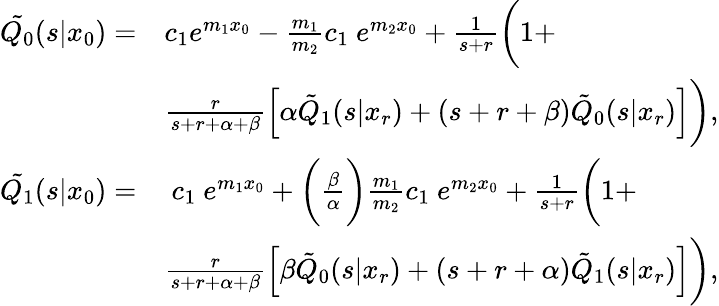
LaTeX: \begin{array}{rl}{\tilde{Q_{0}}(s|x_{0})=}&{c_{1}e^{m_{1}x_{0}}-\frac{m_{1}}{m_{2}}c_{1}~e^{m_{2}x_{0}}+\frac{1}{s+r}\bigg(1+}\\ &{\frac{r}{s+r+\alpha+\beta}\left[\alpha\tilde{Q}_{1}(s|x_{r})+(s+r+\beta)\tilde{Q}_{0}(s|x_{r})\right]\bigg),}\\ {\tilde{Q_{1}}(s|x_{0})=}&{~c_{1}~e^{m_{1}x_{0}}+\bigg(\frac{\beta}{\alpha}\bigg)\frac{m_{1}}{m_{2}}c_{1}~e^{m_{2}x_{0}}+\frac{1}{s+r}\bigg(1+}\\ &{\frac{r}{s+r+\alpha+\beta}\left[\beta\tilde{Q}_{0}(s|x_{r})+(s+r+\alpha)\tilde{Q}_{1}(s|x_{r})\right]\bigg),}\end{array}